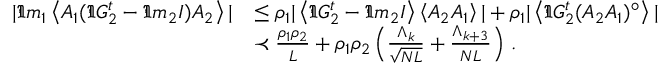
\begin{array} { r l } { | \Im m _ { 1 } \left\langle { A _ { 1 } ( \Im G _ { 2 } ^ { t } - \Im m _ { 2 } I ) A _ { 2 } } \right\rangle | } & { \leq \rho _ { 1 } | \left\langle { \Im G _ { 2 } ^ { t } - \Im m _ { 2 } I } \right\rangle \left\langle { A _ { 2 } A _ { 1 } } \right\rangle | + \rho _ { 1 } | \left\langle { \Im G _ { 2 } ^ { t } ( A _ { 2 } A _ { 1 } ) ^ { \circ } } \right\rangle | } \\ & { \prec \frac { \rho _ { 1 } \rho _ { 2 } } { L } + \rho _ { 1 } \rho _ { 2 } \left( \frac { \Lambda _ { k } } { \sqrt { N L } } + \frac { \Lambda _ { k + 3 } } { N L } \right) \, . } \end{array}